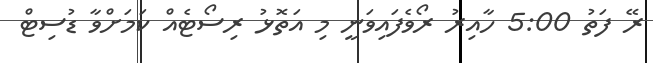
ރޭ ފަތު 5:00 ހާއިރު ރޯވެފައިވަނީ މި އަތޮޅު ރިސޯޓެއް ކަމަށްވާ ޑުސިޓް